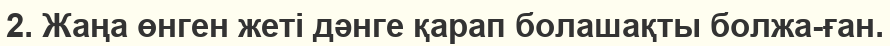
2. Жаңа өнген жеті дәнге қарап болашақты болжа-ған.